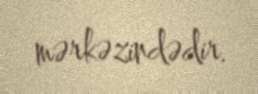
mərkəzindədir.